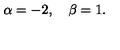
\alpha = - 2 , \quad \beta = 1 .